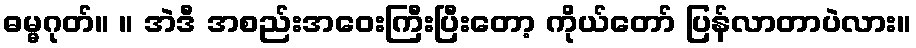
ဓမ္မဂုတ်။ ။ အဲဒီ အစည်းအဝေးကြီးပြီးတော့ ကိုယ်တော် ပြန်လာတာပဲလား။